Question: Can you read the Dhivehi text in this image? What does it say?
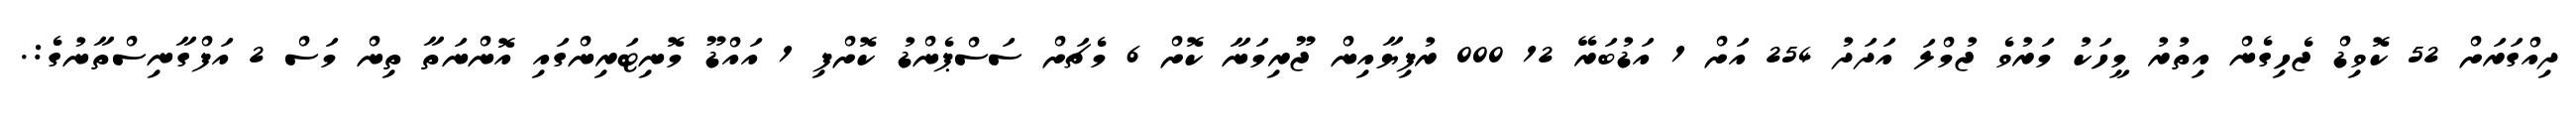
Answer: ދިއްގަރަށް 52 ކޮވިޑް ޖެހިގެން އިތުރު މީހަކު މަރުވެ ޖުމްލަ އަދަދު 254 އަށް 1 އަޑުބަރޭ 12 000 ރުފިޔާއިން ޖޫރިމަނާ ކޮށް 6 މެޗަށް ސަސްޕެންޑު ކޮށްފި 1 އައްޑޫ މޮނިޓަރިންގައި އޮންނަތާ ތިން މަސް 2 އަފްގާނިސްތާނުގެ:.